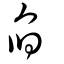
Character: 臽